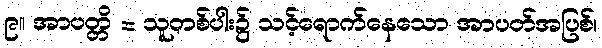
၉။ အာပတ္တိ = သူတစ်ပါး၌ သင့်ရောက်နေသော အာပတ်အပြစ်၊